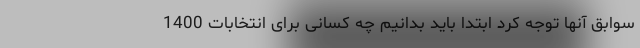
سوابق آنها توجه کرد ابتدا باید بدانیم چه کسانی برای انتخابات 1400